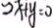
2 x + y = 0